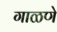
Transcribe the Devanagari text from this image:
गाळणे